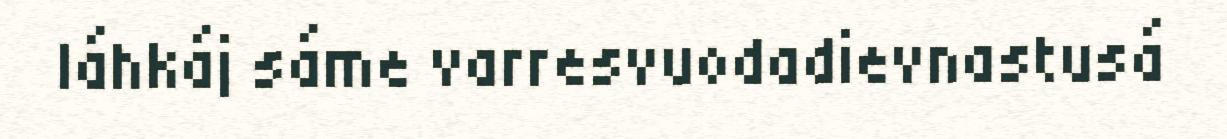
láhkáj sáme varresvuodadievnastusá